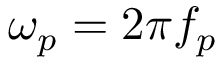
\omega _ { p } = 2 \pi f _ { p }